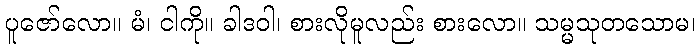
ပူဇော်လော။ မံ၊ ငါကို။ ခါဒဝါ၊ စားလိုမူလည်း စားလော။ သမ္မသုတသောမ၊